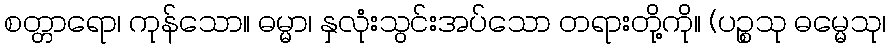
စတ္တာရော၊ ကုန်သော။ ဓမ္မာ၊ နှလုံးသွင်းအပ်သော တရားတို့ကို။ (ပဉ္စသု ဓမ္မေသု၊